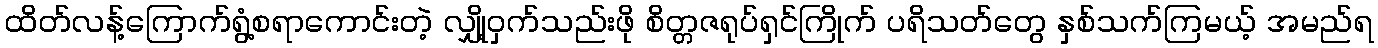
ထိတ်လန့်ကြောက်ရွံ့စရာကောင်းတဲ့ လျှို့ဝှက်သည်းဖို စိတ္တဇရုပ်ရှင်ကြိုက် ပရိသတ်တွေ နှစ်သက်ကြမယ့် အမည်ရ